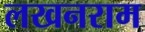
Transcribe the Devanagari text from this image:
लखनराम